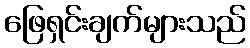
ဖြေရှင်းချက်များသည်